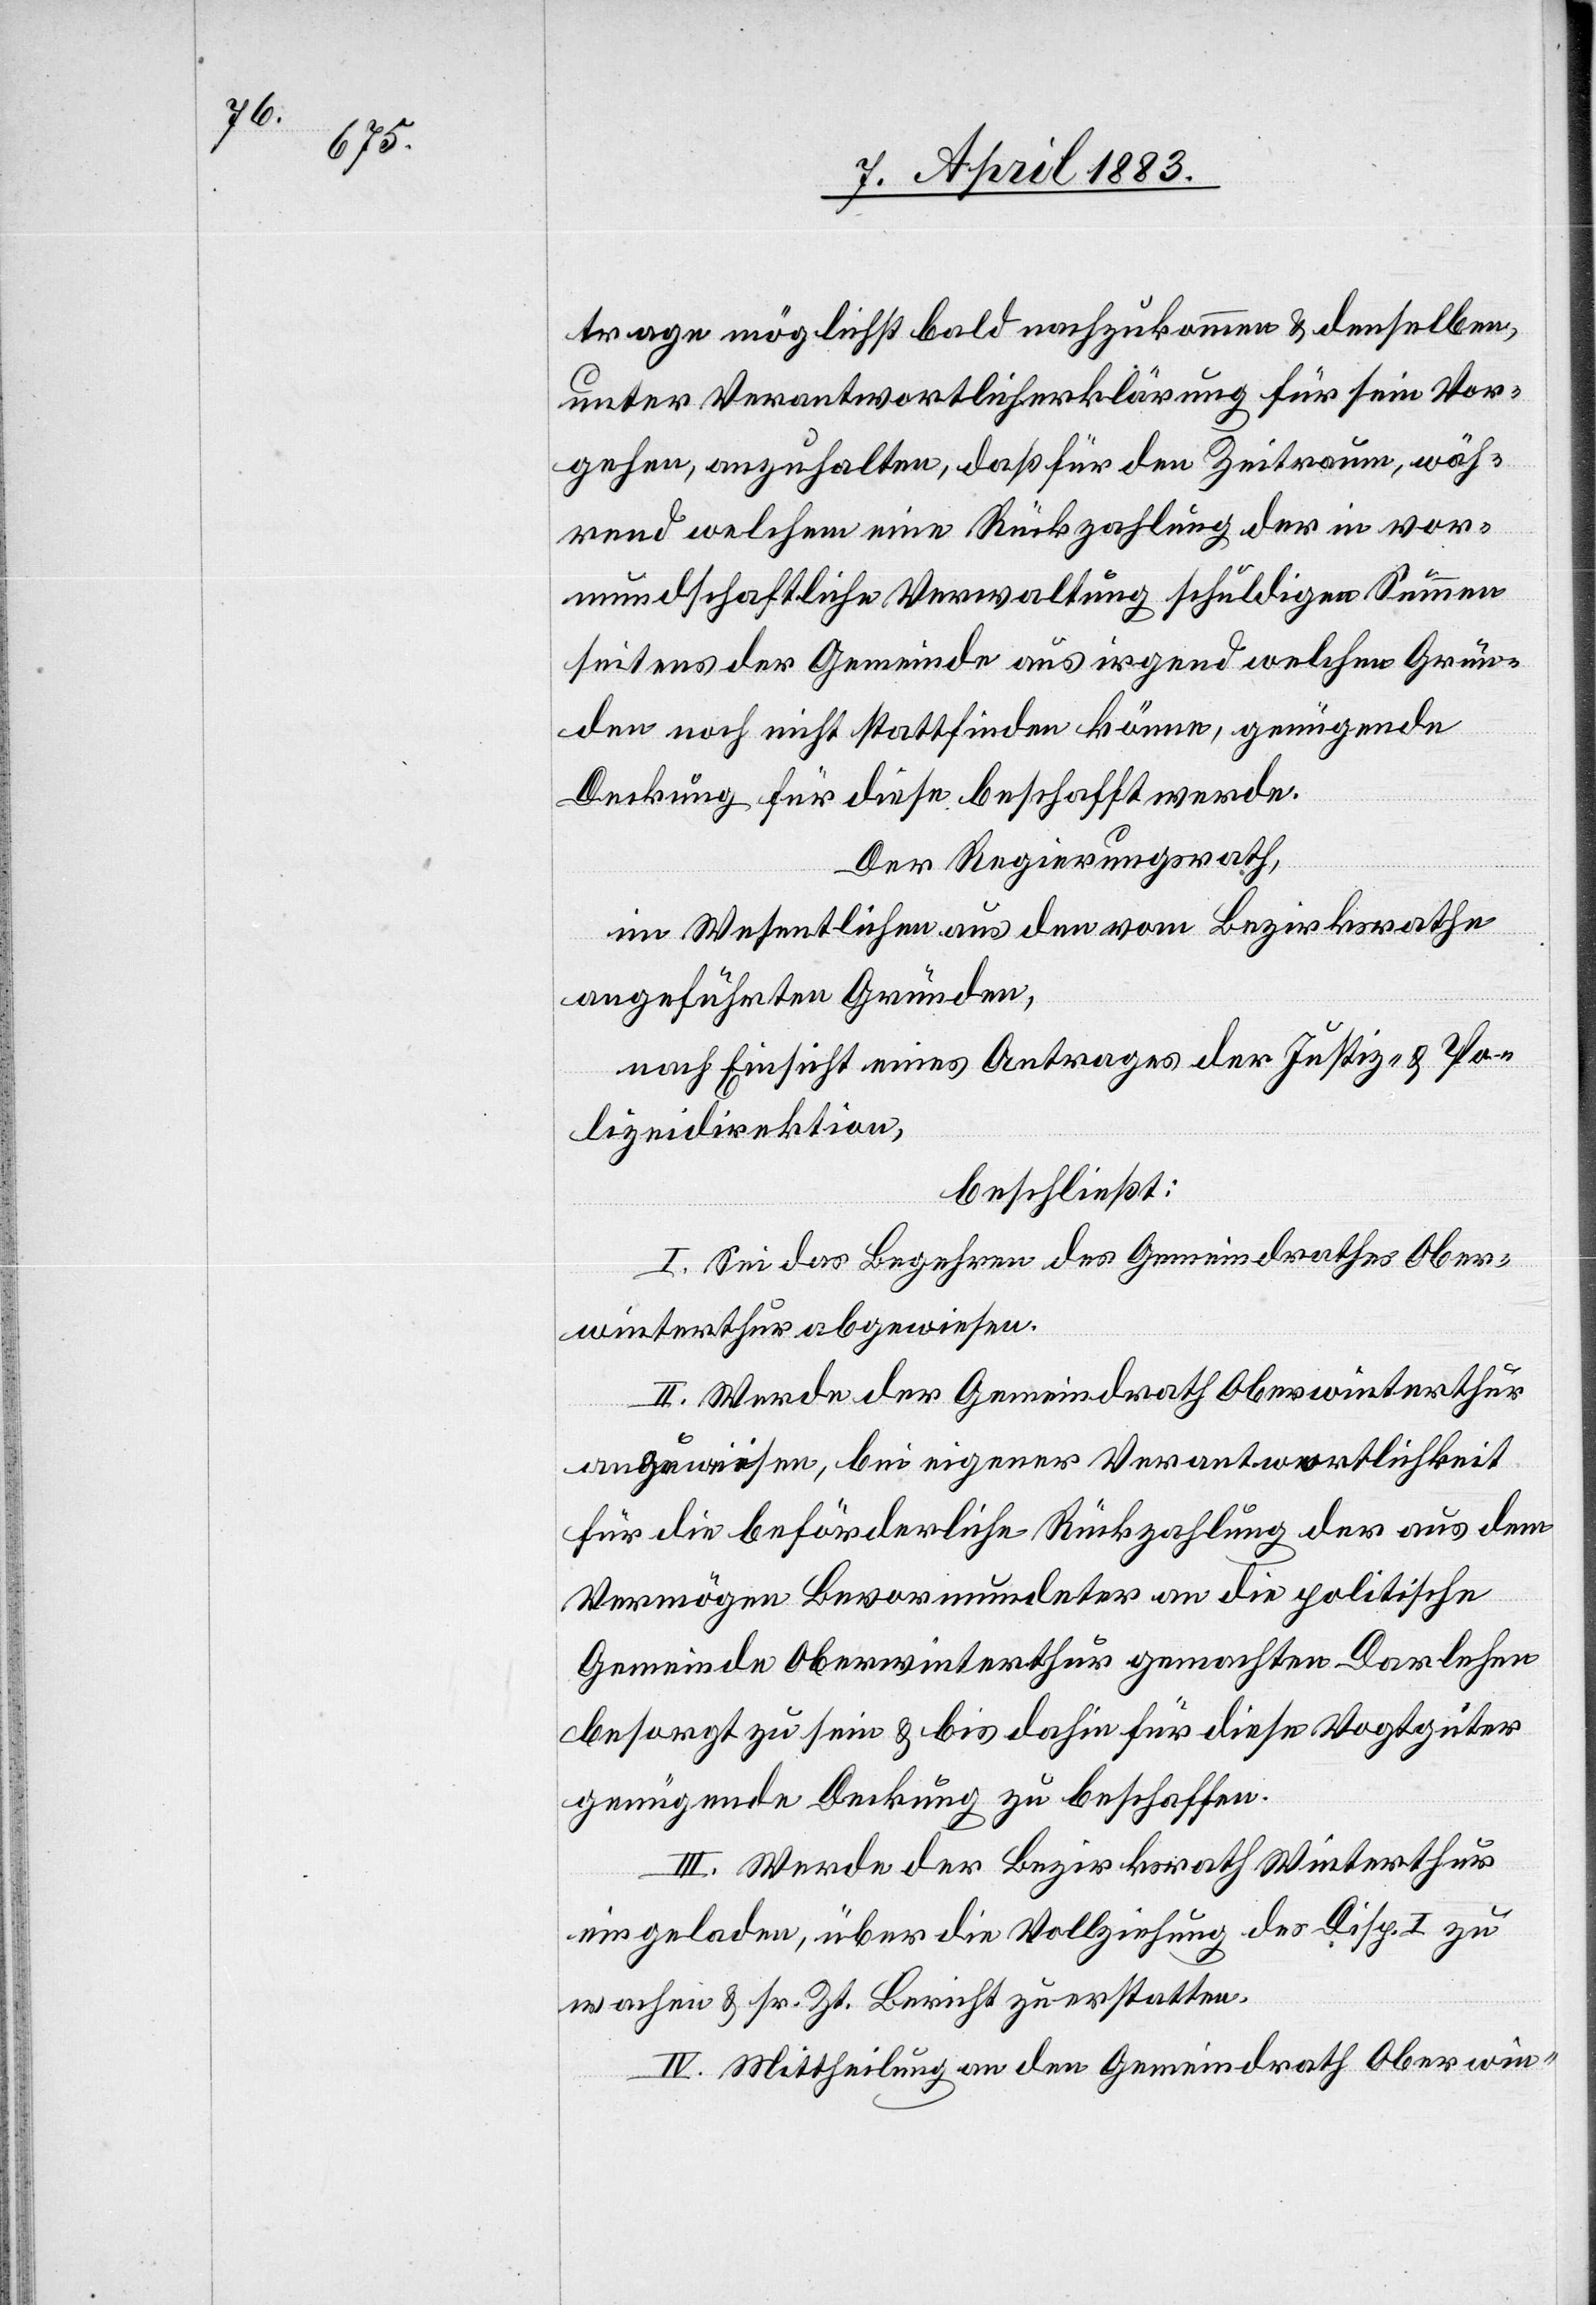
trage möglichst bald nachzukommen & denselben,
unter Verantwortlicherklärung für sein Vor¬
gehen, anzuhalten, daß für den Zeitraum, wäh¬
rend welchem eine Rückzahlung der in vor¬
mundschaftliche Verwaltung schuldigen Summen
seitens der Gemeinde aus irgend welchen Grün¬
den noch nicht stattfinden könne, genügende
Deckung für diese beschafft werde.
Der Regierungsrath,
im Wesentlichen aus den vom Bezirksrathe
angeführten Gründen,
nach Einsicht eines Antrages der Justiz- & Po¬
lizeidirektion,
beschließt:
I. Sei das Begehren des Gemeindrathes Ober¬
winterthur abgewiesen.
II. Werde der Gemeindrath Oberwinterthur
anzuweisen, bei eigener Verantwortlichkeit
für die beförderliche Rückzahlung der aus dem
Vermögen Bevormundeter an die politische
Gemeinde Oberwinterthur gemachten Darlehen
besorgt zu sein & bis dahin für diese Vogtgüter
genügende Deckung zu beschaffen.
III. Werde der Bezirksrath Winterthur
eingeladen, über die Vollziehung der Disp. I. zu
wachen & sr. Zt. Bericht zu erstatten.
IV. Mittheilung an den Gemeindrath Oberwin-